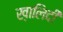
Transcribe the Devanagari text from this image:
ख़ालिदी